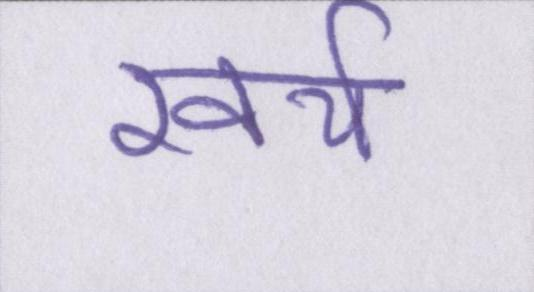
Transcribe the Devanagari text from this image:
खर्च